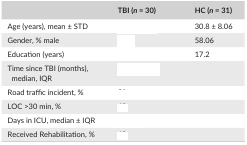
<table><thead><tr><td>[EMPTY_CELL]</td><td><b>TBI (<i>n </i>= 30)</b></td><td><b>HC (<i>n </i>= 31)</b></td></tr></thead><tbody><tr><td>Age (years), mean ± STD</td><td>[EMPTY_CELL]</td><td>30.8 ± 8.06</td></tr><tr><td>Gender, % male</td><td>[EMPTY_CELL]</td><td>58.06</td></tr><tr><td>Education (years)</td><td>[EMPTY_CELL]</td><td>17.2</td></tr><tr><td>Time since TBI (months), median, IQR</td><td>[EMPTY_CELL]</td><td>[EMPTY_CELL]</td></tr><tr><td>Road traffic incident, %</td><td>[EMPTY_CELL]</td><td>[EMPTY_CELL]</td></tr><tr><td>LOC &gt;30 min, %</td><td>[EMPTY_CELL]</td><td>[EMPTY_CELL]</td></tr><tr><td>Days in ICU, median ± IQR</td><td>[EMPTY_CELL]</td><td>[EMPTY_CELL]</td></tr><tr><td>Received Rehabilitation, %</td><td>[EMPTY_CELL]</td><td>[EMPTY_CELL]</td></tr></tbody></table>